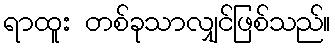
ရာထူး တစ်ခုသာလျှင်ဖြစ်သည်။